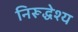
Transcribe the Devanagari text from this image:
निरूद्धेश्य